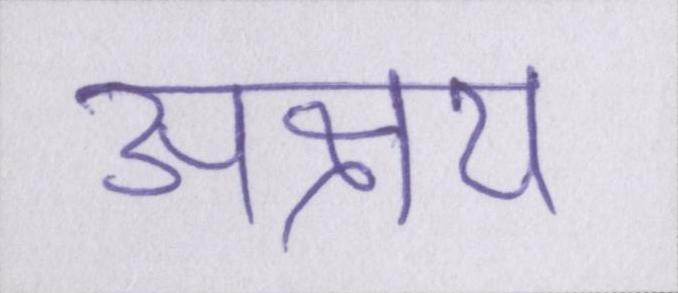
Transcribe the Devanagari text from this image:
अक्षय